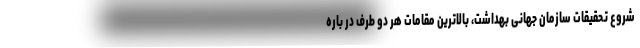
شروع تحقیقات سازمان جهانی بهداشت، بالاترین مقامات هر دو طرف در باره